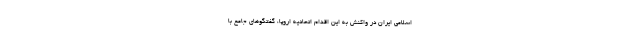
اسلامی ایران در واکنش به این اقدام اتحادیه اروپا، گفتگو‌های جامع با